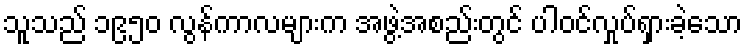
သူသည် ၁၉၅၀ လွန်ကာလများက အဖွဲ့အစည်းတွင် ပါဝင်လှုပ်ရှားခဲ့သော